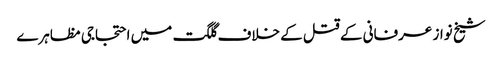
شیخ نواز عرفانی کے قتل کے خلاف گلگت میں احتجاجی مظاہرے